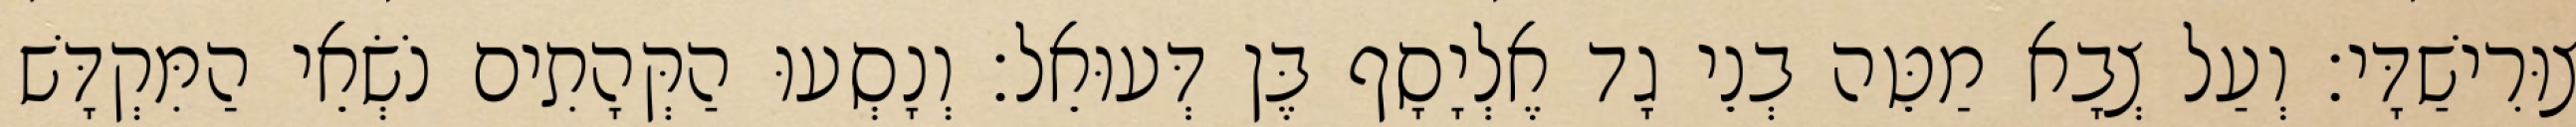
צוּרִישַׁדָּי׃ וְעַל צְבָא מַטֵּה בְנֵי גָד אֶלְיָסָף בֶּן דְּעוּאֵל׃ וְנָסְעוּ הַקְּהָתִים נֹשְׂאֵי הַמִּקְדָּשׁ